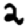
Digit: 2